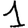
Digit: 1